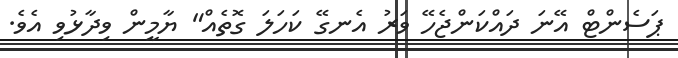
ޕަސެންޓް އޭނަ ދައްކަންޖެހޭ ވަރު އެނގޭ ކަހަލަ ގޮތެއް" ޔާމީން ވިދާޅުވި އެވެ.